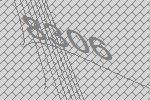
8306